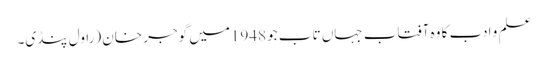
علم و ادب کا وہ آفتاب جہاں تاب جو 1948میں گوجر خان (راول پنڈی۔